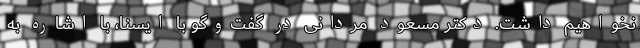
نخواهیم داشت. دکتر مسعود مردانی در گفت‌وگو با ایسنا، با اشاره به